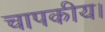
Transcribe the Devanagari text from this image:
चापकीय।